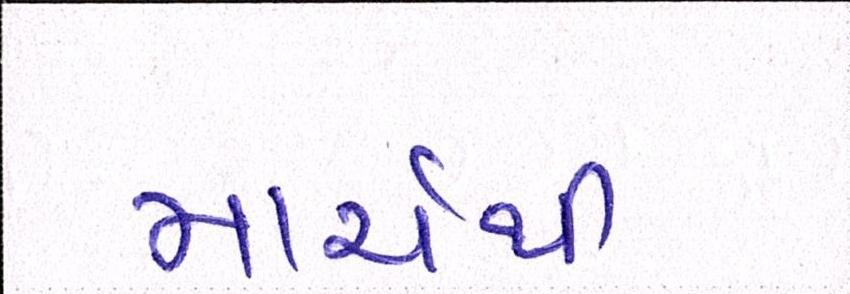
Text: માર્ચથી